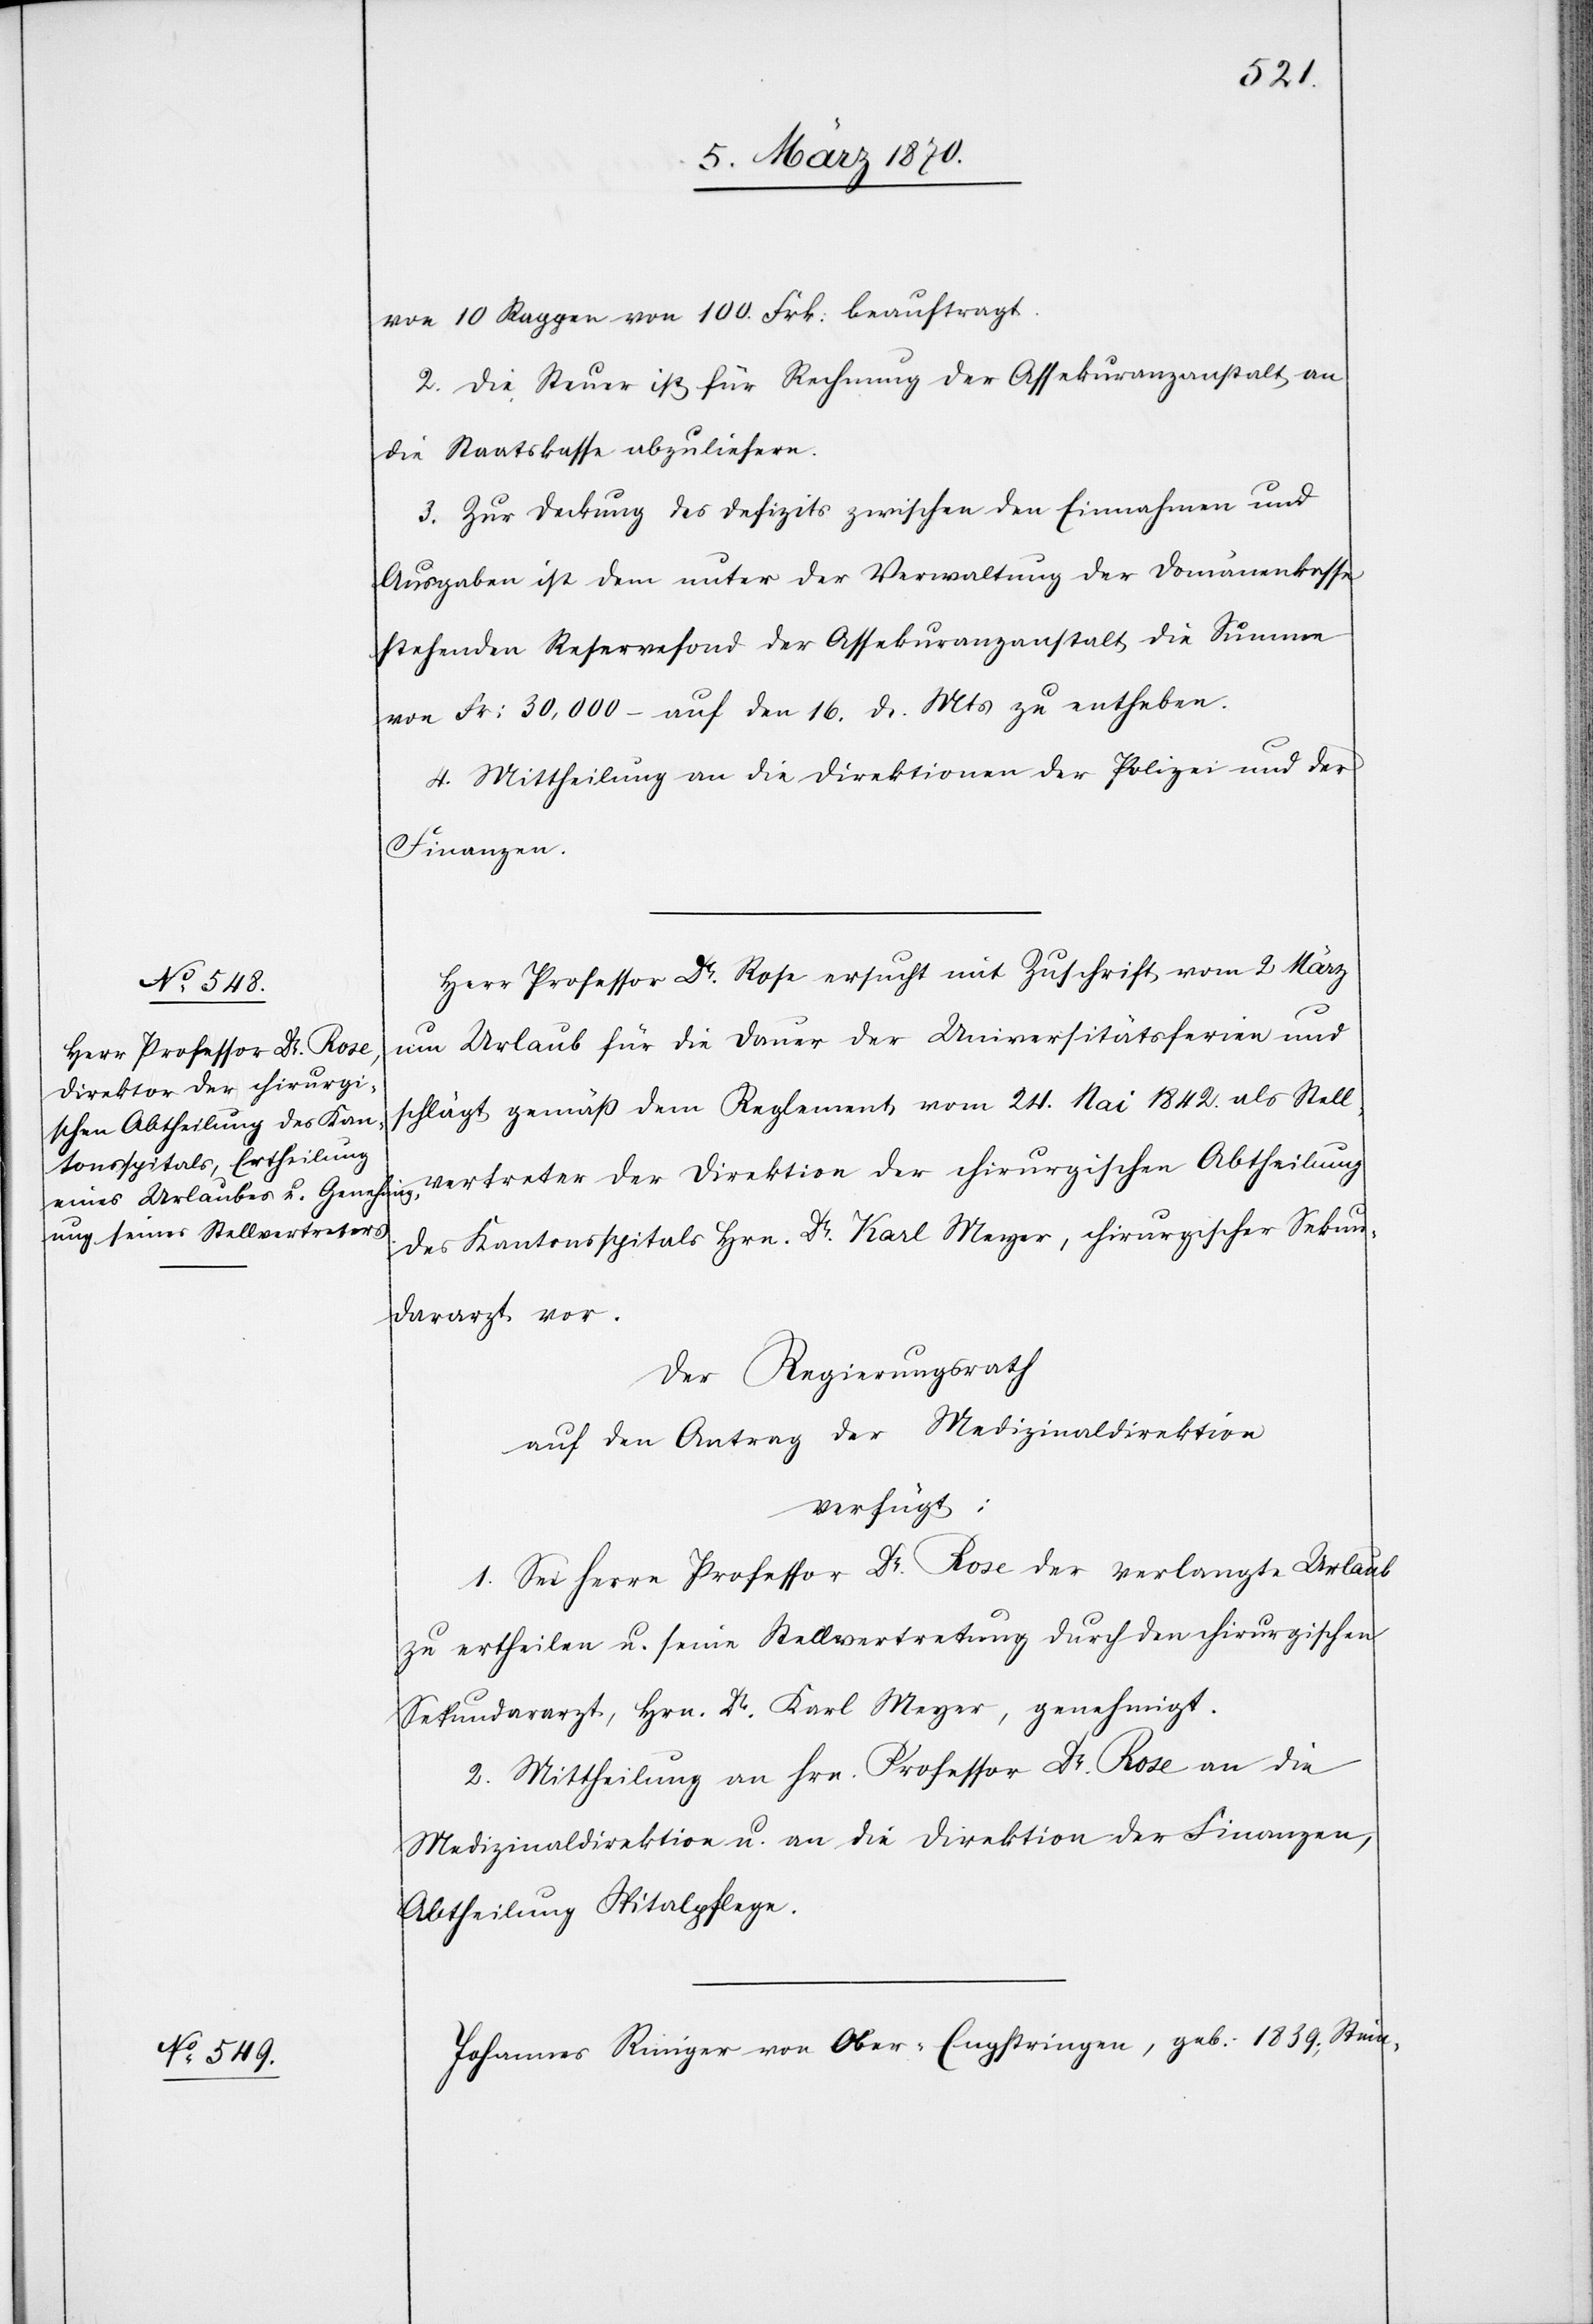
von 10 Rappen von 100. Frk: beauftragt.
2. Die Steuer ist für Rechnung der Assekuranzanstalt an
die Staatskasse abzuliefern.
3. Zur Deckung des Defizits zwischen den Einnahmen und
Ausgaben ist dem unter Verwaltung der Domänenkasse
stehenden Reservefond der Assekuranzanstalt die Summe
von Fr: 30,000 – auf den 16. d. Mts zu entheben.
4. Mittheilung an die Direktionen der Polizei und der
Finanzen.
Herr Professor Dr. Rose ersucht mit Zuschrift vom 2 März
um Urlaub für die Dauer der Universitätsferien und
schlägt gemäß dem Reglement vom 24. Mai 1842. als Stell¬
vertreter der Direktion der chirurgischen Abtheilung
des Kantonsspitals Hrn. Dr. Karl Meyer, chirurgischer Sekun¬
dararzt vor.
Der Regierungsrath
auf den Antrag der Medizinaldirektion
verfügt:
1. Sei Herr Professor Dr. Rose der verlangte Urlaub
zu ertheilen u. seine Stellvertretung durch den chirurgischen
Sekundararzt, Hrn. Dr. Karl Meyer, genehmigt.
2. Mittheilung an Hrn. Professor Dr. Rose an die
Medizinaldirektion u. an die Direktion der Finanzen,
Abtheilung Spitalpflege.
Johannes Riniger von Ober-Engstringen, geb. 1839., Stein-